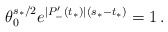
\begin{align*}\theta_0^{s_*/2} e^{|P_-'(t_*)|(s_* - t_*)} = 1 \, .\end{align*}